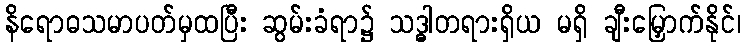
နိရောဓသမာပတ်မှထပြီး ဆွမ်းခံရာ၌ သဒ္ဓါတရားရှိယ မရှိ ချီးမြှောက်နိုင်၊